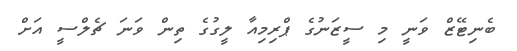
ބެނިޓޭޒް ވަނީ މި ސީޒަނުގެ ޕްރިމިއާ ލީގުގެ ތިން ވަނަ ޗެލްސީ އަށް